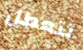
تتعطل